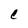
Character: C